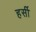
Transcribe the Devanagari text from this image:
हर्सी